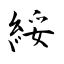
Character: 綏